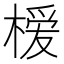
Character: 𪳗